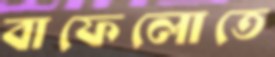
বাফেলোতে